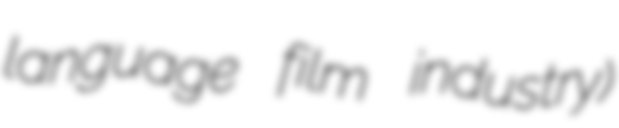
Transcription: language film industry)